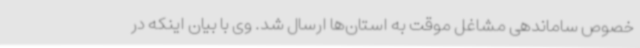
خصوص ساماندهی مشاغل موقت به استان‌ها ارسال شد. وی با بیان اینکه در